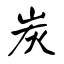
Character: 炭